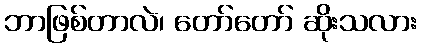
ဘာဖြစ်တာလဲ၊ တော်တော် ဆိုးသလား